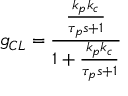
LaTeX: g _ { C L } = { \frac { \frac { k _ { p } k _ { c } } { \tau _ { p } s + 1 } } { 1 + { \frac { k _ { p } k _ { c } } { \tau _ { p } s + 1 } } } }